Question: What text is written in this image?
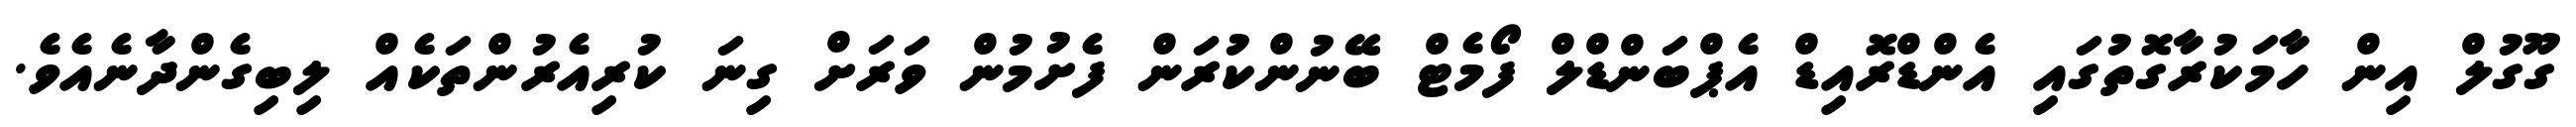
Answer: ގޫގުލް އިން ހާމަކުރާގޮތުގައި އެންޑްރޮއިޑް އެޕްބަންޑްލް ފޯމެޓް ބޭނުންކުރަން ފެށުމުން ވަރަށް ގިނަ ކުރިއެރުންތަކެއް ލިބިގެންދާނެއެވެ.